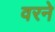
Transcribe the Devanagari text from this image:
वरने